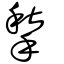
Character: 揫